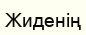
Жиденің